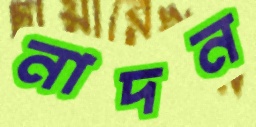
নাদন